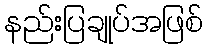
နည်းပြချုပ်အဖြစ်